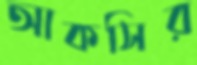
আকসির